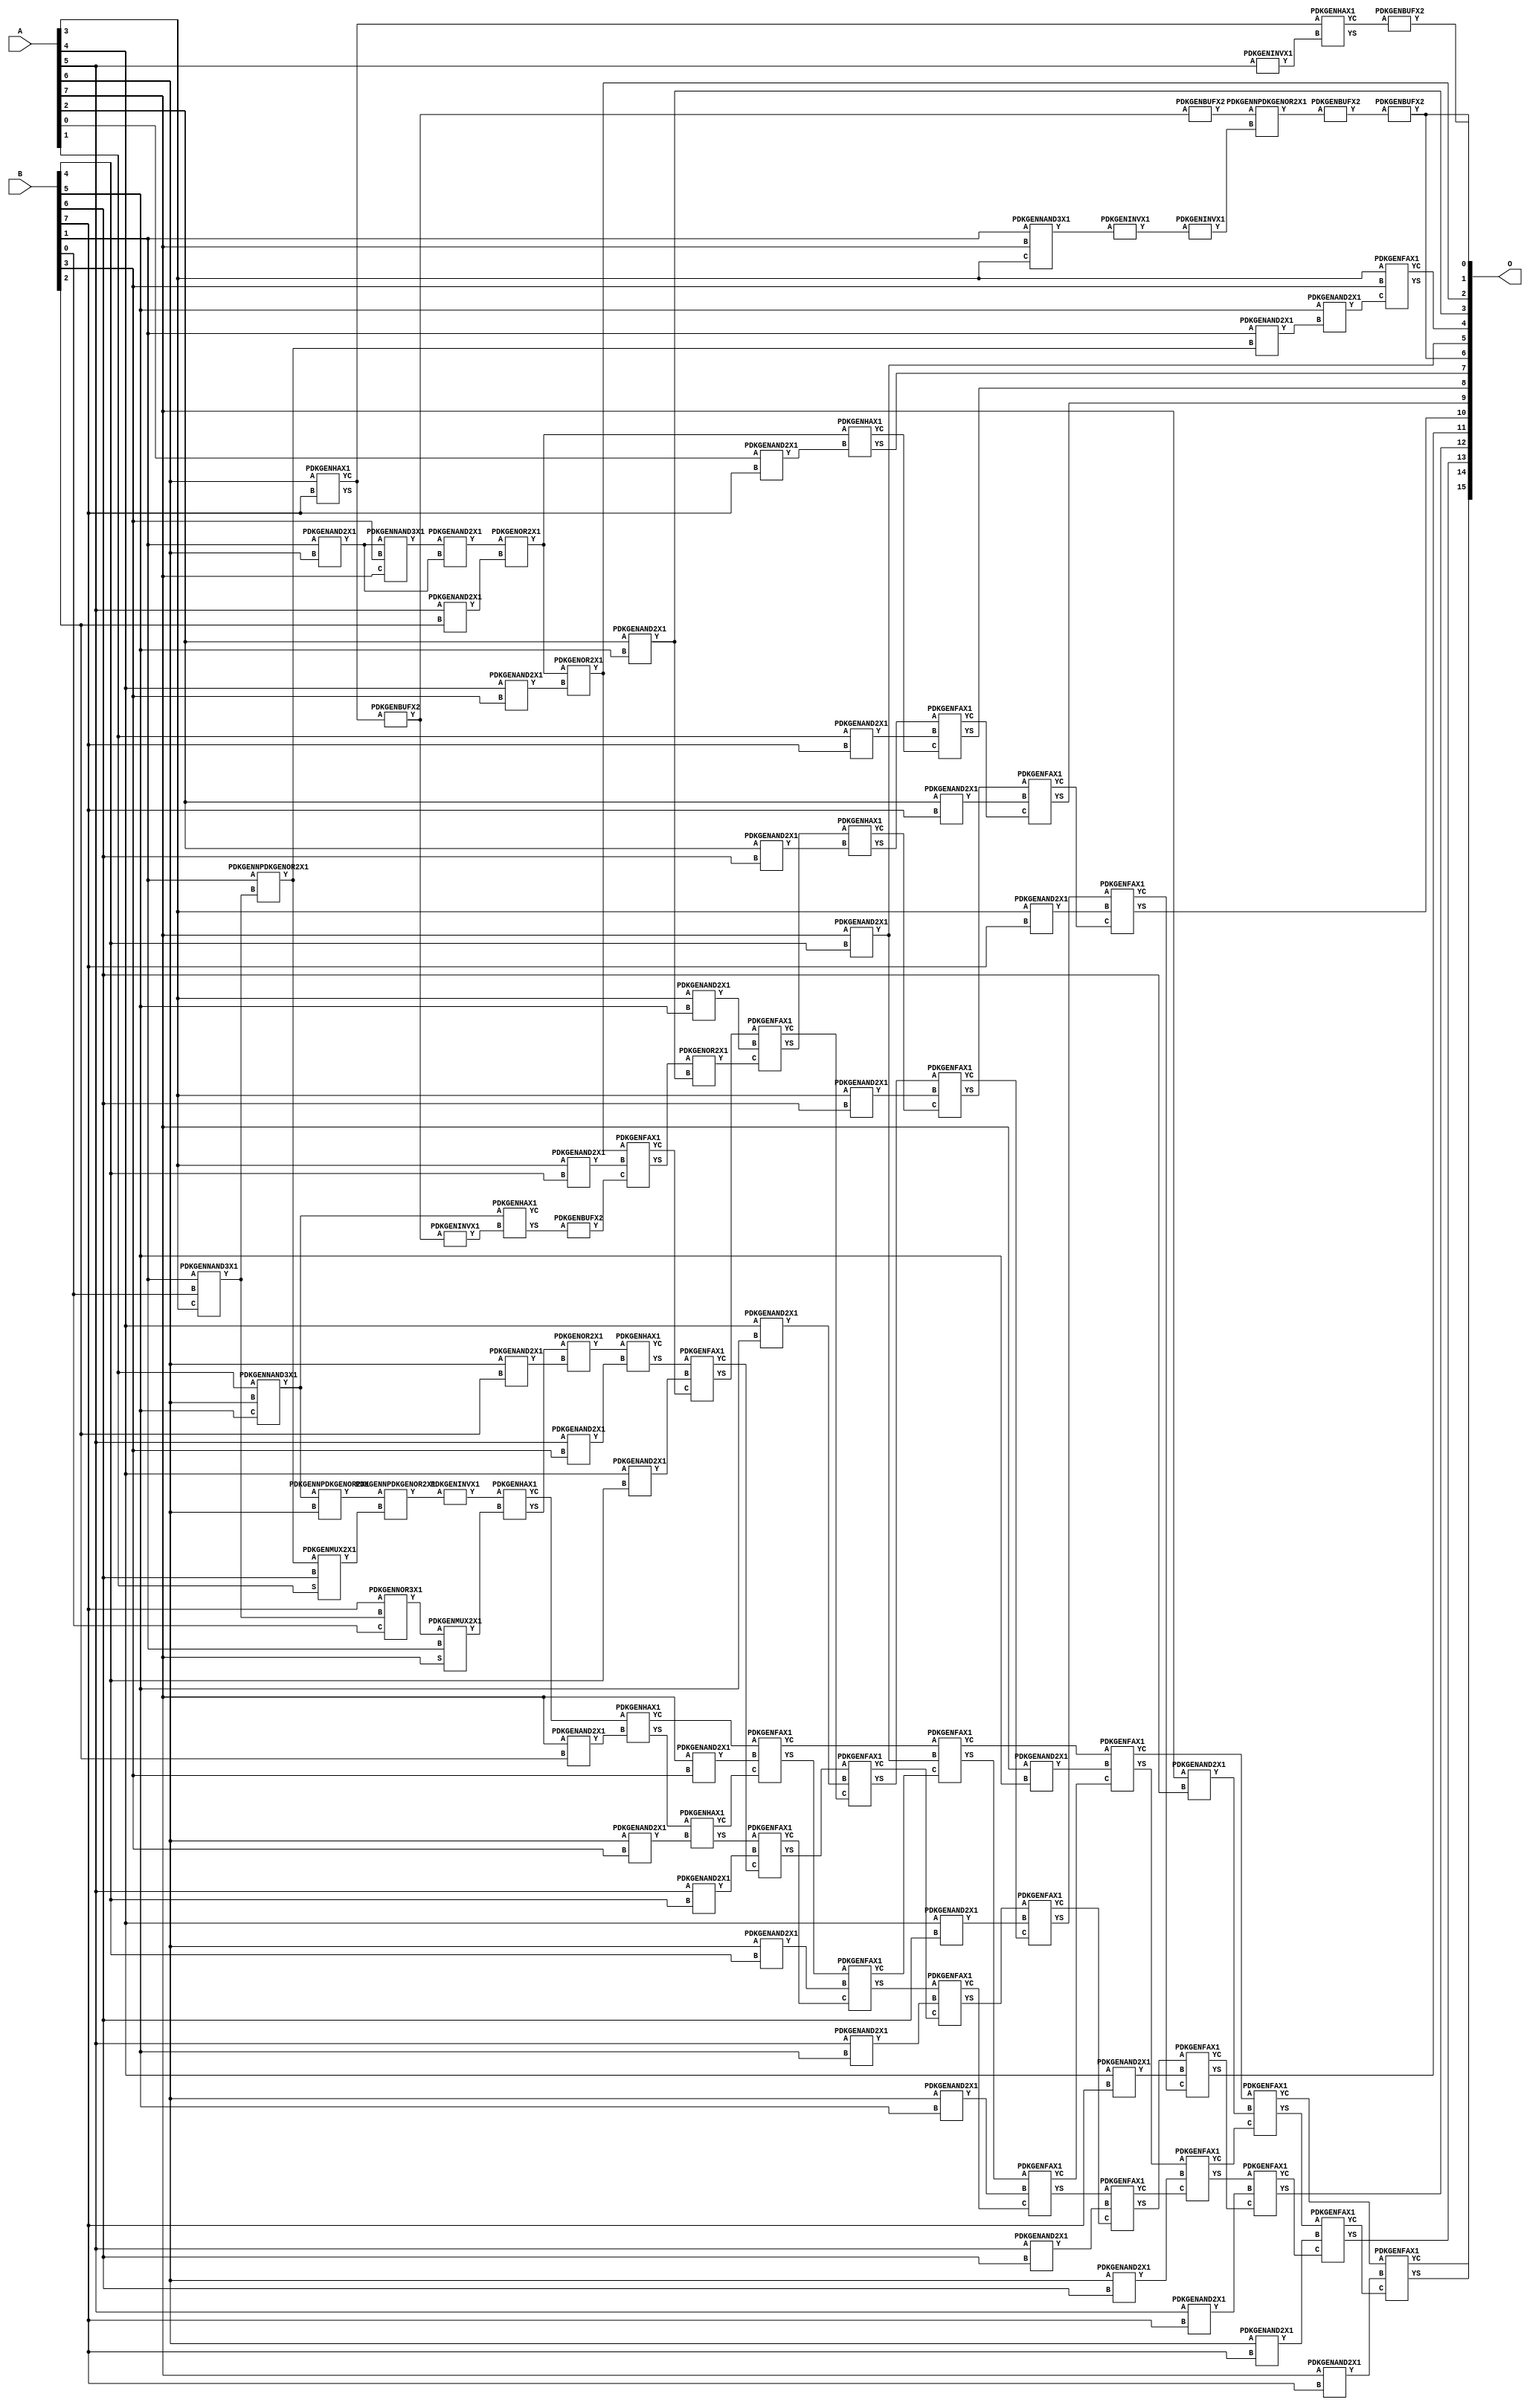
// Library = EvoApprox8b
// Circuit = mul8_388
// Area   (180) = 5504
// Delay  (180) = 3.640
// Power  (180) = 2579.60
// Area   (45) = 400
// Delay  (45) = 1.340
// Power  (45) = 223.40
// Nodes = 95
// HD = 306684
// MAE = 211.44037
// MSE = 97566.10938
// MRE = 5.00 %
// WCE = 1589
// WCRE = 203 %
// EP = 98.3 %

module mul8_388(A, B, O);
  input [7:0] A;
  input [7:0] B;
  output [15:0] O;
  wire [2031:0] N;

  assign N[0] = A[0];
  assign N[1] = A[0];
  assign N[2] = A[1];
  assign N[3] = A[1];
  assign N[4] = A[2];
  assign N[5] = A[2];
  assign N[6] = A[3];
  assign N[7] = A[3];
  assign N[8] = A[4];
  assign N[9] = A[4];
  assign N[10] = A[5];
  assign N[11] = A[5];
  assign N[12] = A[6];
  assign N[13] = A[6];
  assign N[14] = A[7];
  assign N[15] = A[7];
  assign N[16] = B[0];
  assign N[17] = B[0];
  assign N[18] = B[1];
  assign N[19] = B[1];
  assign N[20] = B[2];
  assign N[21] = B[2];
  assign N[22] = B[3];
  assign N[23] = B[3];
  assign N[24] = B[4];
  assign N[25] = B[4];
  assign N[26] = B[5];
  assign N[27] = B[5];
  assign N[28] = B[6];
  assign N[29] = B[6];
  assign N[30] = B[7];
  assign N[31] = B[7];

  PDKGENAND2X1 n32(.A(N[18]), .B(N[12]), .Y(N[32]));
  assign N[33] = N[32];
  PDKGENNAND3X1 n34(.A(N[18]), .B(N[16]), .C(N[6]), .Y(N[34]));
  PDKGENNPDKGENOR2X1 n36(.A(N[18]), .B(N[34]), .Y(N[36]));
  assign N[37] = N[36];
  PDKGENNOR3X1 n38(.A(N[30]), .B(N[34]), .C(N[16]), .Y(N[38]));
  assign N[39] = N[38];
  PDKGENHAX1 n40(.A(N[12]), .B(N[30]), .YS(N[40]), .YC(N[41]));
  PDKGENBUFX2 n42(.A(N[41]), .Y(N[42]));
  assign N[43] = N[42];
  PDKGENNAND3X1 n44(.A(N[33]), .B(N[22]), .C(N[14]), .Y(N[44]));
  assign N[45] = N[44];
  PDKGENNAND3X1 n48(.A(N[18]), .B(N[14]), .C(N[6]), .Y(N[48]));
  assign N[49] = N[48];
  PDKGENMUX2X1 n50(.A(N[37]), .B(N[28]), .S(N[2]), .Y(N[50]));
  PDKGENNAND3X1 n62(.A(N[2]), .B(N[12]), .C(N[26]), .Y(N[62]));
  assign N[63] = N[62];
  PDKGENNPDKGENOR2X1 n64(.A(N[62]), .B(N[12]), .Y(N[64]));
  assign N[65] = N[64];
  PDKGENINVX1 n78(.A(N[43]), .Y(N[78]));
  PDKGENAND2X1 n82(.A(N[18]), .B(N[37]), .Y(N[82]));
  PDKGENAND2X1 n102(.A(N[26]), .B(N[82]), .Y(N[102]));
  assign N[103] = N[102];
  PDKGENINVX1 n110(.A(N[49]), .Y(N[110]));
  PDKGENNPDKGENOR2X1 n118(.A(N[65]), .B(N[50]), .Y(N[118]));
  assign N[119] = N[118];
  PDKGENINVX1 n122(.A(N[119]), .Y(N[122]));
  assign N[123] = N[122];
  PDKGENBUFX2 n126(.A(N[43]), .Y(N[126]));
  assign N[127] = N[126];
  PDKGENINVX1 n160(.A(N[110]), .Y(N[160]));
  PDKGENNPDKGENOR2X1 n174(.A(N[127]), .B(N[160]), .Y(N[174]));
  assign N[175] = N[174];
  PDKGENINVX1 n206(.A(N[10]), .Y(N[206]));
  PDKGENMUX2X1 n282(.A(N[39]), .B(N[18]), .S(N[14]), .Y(N[282]));
  PDKGENHAX1 n360(.A(N[41]), .B(N[206]), .YS(N[360]), .YC(N[361]));
  PDKGENAND2X1 n398(.A(N[45]), .B(N[32]), .Y(N[398]));
  PDKGENHAX1 n414(.A(N[123]), .B(N[282]), .YS(N[414]), .YC(N[415]));
  PDKGENAND2X1 n514(.A(N[10]), .B(N[20]), .Y(N[514]));
  PDKGENAND2X1 n532(.A(N[12]), .B(N[20]), .Y(N[532]));
  PDKGENAND2X1 n548(.A(N[14]), .B(N[20]), .Y(N[548]));
  PDKGENOR2X1 n648(.A(N[398]), .B(N[514]), .Y(N[648]));
  assign N[649] = N[648];
  PDKGENOR2X1 n664(.A(N[414]), .B(N[532]), .Y(N[664]));
  PDKGENHAX1 n682(.A(N[415]), .B(N[548]), .YS(N[682]), .YC(N[683]));
  PDKGENFAX1 n748(.A(N[6]), .B(N[22]), .C(N[103]), .YS(N[748]), .YC(N[749]));
  PDKGENAND2X1 n764(.A(N[8]), .B(N[22]), .Y(N[764]));
  PDKGENAND2X1 n782(.A(N[10]), .B(N[22]), .Y(N[782]));
  PDKGENAND2X1 n798(.A(N[12]), .B(N[22]), .Y(N[798]));
  PDKGENAND2X1 n814(.A(N[14]), .B(N[22]), .Y(N[814]));
  PDKGENHAX1 n882(.A(N[63]), .B(N[78]), .YS(N[882]), .YC(N[883]));
  PDKGENOR2X1 n898(.A(N[648]), .B(N[764]), .Y(N[898]));
  assign N[899] = N[898];
  PDKGENHAX1 n914(.A(N[664]), .B(N[782]), .YS(N[914]), .YC(N[915]));
  PDKGENHAX1 n932(.A(N[682]), .B(N[798]), .YS(N[932]), .YC(N[933]));
  PDKGENFAX1 n948(.A(N[683]), .B(N[814]), .C(N[933]), .YS(N[948]), .YC(N[949]));
  PDKGENBUFX2 n986(.A(N[175]), .Y(N[986]));
  assign N[987] = N[986];
  PDKGENAND2X1 n1014(.A(N[6]), .B(N[24]), .Y(N[1014]));
  PDKGENAND2X1 n1032(.A(N[8]), .B(N[24]), .Y(N[1032]));
  PDKGENAND2X1 n1048(.A(N[10]), .B(N[24]), .Y(N[1048]));
  PDKGENAND2X1 n1064(.A(N[12]), .B(N[24]), .Y(N[1064]));
  PDKGENAND2X1 n1082(.A(N[14]), .B(N[24]), .Y(N[1082]));
  PDKGENBUFX2 n1132(.A(N[882]), .Y(N[1132]));
  assign N[1133] = N[1132];
  PDKGENFAX1 n1148(.A(N[898]), .B(N[1014]), .C(N[1133]), .YS(N[1148]), .YC(N[1149]));
  PDKGENFAX1 n1164(.A(N[914]), .B(N[1032]), .C(N[1149]), .YS(N[1164]), .YC(N[1165]));
  PDKGENFAX1 n1182(.A(N[932]), .B(N[1048]), .C(N[1165]), .YS(N[1182]), .YC(N[1183]));
  PDKGENFAX1 n1198(.A(N[948]), .B(N[1064]), .C(N[1183]), .YS(N[1198]), .YC(N[1199]));
  PDKGENFAX1 n1214(.A(N[949]), .B(N[1082]), .C(N[1199]), .YS(N[1214]), .YC(N[1215]));
  PDKGENAND2X1 n1264(.A(N[4]), .B(N[26]), .Y(N[1264]));
  PDKGENAND2X1 n1282(.A(N[6]), .B(N[26]), .Y(N[1282]));
  PDKGENAND2X1 n1298(.A(N[8]), .B(N[26]), .Y(N[1298]));
  PDKGENAND2X1 n1314(.A(N[10]), .B(N[26]), .Y(N[1314]));
  PDKGENBUFX2 n1320(.A(N[361]), .Y(N[1320]));
  assign N[1321] = N[1320];
  PDKGENAND2X1 n1332(.A(N[12]), .B(N[26]), .Y(N[1332]));
  PDKGENAND2X1 n1348(.A(N[14]), .B(N[26]), .Y(N[1348]));
  PDKGENOR2X1 n1398(.A(N[1148]), .B(N[1264]), .Y(N[1398]));
  assign N[1399] = N[1398];
  PDKGENFAX1 n1414(.A(N[1164]), .B(N[1282]), .C(N[1399]), .YS(N[1414]), .YC(N[1415]));
  PDKGENFAX1 n1432(.A(N[1182]), .B(N[1298]), .C(N[1415]), .YS(N[1432]), .YC(N[1433]));
  PDKGENFAX1 n1448(.A(N[1198]), .B(N[1314]), .C(N[1433]), .YS(N[1448]), .YC(N[1449]));
  PDKGENFAX1 n1464(.A(N[1214]), .B(N[1332]), .C(N[1449]), .YS(N[1464]), .YC(N[1465]));
  PDKGENFAX1 n1482(.A(N[1215]), .B(N[1348]), .C(N[1465]), .YS(N[1482]), .YC(N[1483]));
  PDKGENAND2X1 n1532(.A(N[4]), .B(N[28]), .Y(N[1532]));
  PDKGENAND2X1 n1548(.A(N[6]), .B(N[28]), .Y(N[1548]));
  PDKGENAND2X1 n1564(.A(N[8]), .B(N[28]), .Y(N[1564]));
  PDKGENAND2X1 n1582(.A(N[10]), .B(N[28]), .Y(N[1582]));
  PDKGENAND2X1 n1598(.A(N[12]), .B(N[28]), .Y(N[1598]));
  PDKGENAND2X1 n1614(.A(N[14]), .B(N[28]), .Y(N[1614]));
  PDKGENBUFX2 n1638(.A(N[987]), .Y(N[1638]));
  assign N[1639] = N[1638];
  PDKGENHAX1 n1664(.A(N[1414]), .B(N[1532]), .YS(N[1664]), .YC(N[1665]));
  PDKGENFAX1 n1682(.A(N[1432]), .B(N[1548]), .C(N[1665]), .YS(N[1682]), .YC(N[1683]));
  PDKGENFAX1 n1698(.A(N[1448]), .B(N[1564]), .C(N[1683]), .YS(N[1698]), .YC(N[1699]));
  PDKGENFAX1 n1714(.A(N[1464]), .B(N[1582]), .C(N[1699]), .YS(N[1714]), .YC(N[1715]));
  PDKGENFAX1 n1732(.A(N[1482]), .B(N[1598]), .C(N[1715]), .YS(N[1732]), .YC(N[1733]));
  PDKGENFAX1 n1748(.A(N[1483]), .B(N[1614]), .C(N[1733]), .YS(N[1748]), .YC(N[1749]));
  PDKGENAND2X1 n1764(.A(N[0]), .B(N[30]), .Y(N[1764]));
  PDKGENAND2X1 n1782(.A(N[2]), .B(N[30]), .Y(N[1782]));
  PDKGENAND2X1 n1798(.A(N[4]), .B(N[30]), .Y(N[1798]));
  PDKGENAND2X1 n1814(.A(N[6]), .B(N[30]), .Y(N[1814]));
  PDKGENAND2X1 n1832(.A(N[8]), .B(N[30]), .Y(N[1832]));
  PDKGENAND2X1 n1848(.A(N[10]), .B(N[30]), .Y(N[1848]));
  PDKGENAND2X1 n1864(.A(N[12]), .B(N[30]), .Y(N[1864]));
  PDKGENAND2X1 n1882(.A(N[14]), .B(N[30]), .Y(N[1882]));
  PDKGENHAX1 n1898(.A(N[649]), .B(N[1764]), .YS(N[1898]), .YC(N[1899]));
  PDKGENFAX1 n1914(.A(N[1664]), .B(N[1782]), .C(N[1899]), .YS(N[1914]), .YC(N[1915]));
  PDKGENFAX1 n1932(.A(N[1682]), .B(N[1798]), .C(N[1915]), .YS(N[1932]), .YC(N[1933]));
  PDKGENFAX1 n1948(.A(N[1698]), .B(N[1814]), .C(N[1933]), .YS(N[1948]), .YC(N[1949]));
  PDKGENFAX1 n1964(.A(N[1714]), .B(N[1832]), .C(N[1949]), .YS(N[1964]), .YC(N[1965]));
  PDKGENFAX1 n1982(.A(N[1732]), .B(N[1848]), .C(N[1965]), .YS(N[1982]), .YC(N[1983]));
  PDKGENFAX1 n1998(.A(N[1748]), .B(N[1864]), .C(N[1983]), .YS(N[1998]), .YC(N[1999]));
  PDKGENFAX1 n2014(.A(N[1749]), .B(N[1882]), .C(N[1999]), .YS(N[2014]), .YC(N[2015]));

  assign O[0] = N[1321];
  assign O[1] = N[1638];
  assign O[2] = N[899];
  assign O[3] = N[1264];
  assign O[4] = N[749];
  assign O[5] = N[1082];
  assign O[6] = N[1639];
  assign O[7] = N[1898];
  assign O[8] = N[1914];
  assign O[9] = N[1932];
  assign O[10] = N[1948];
  assign O[11] = N[1964];
  assign O[12] = N[1982];
  assign O[13] = N[1998];
  assign O[14] = N[2014];
  assign O[15] = N[2015];

endmodule
/* mod */
module PDKGENFAX1( input A, input B, input C, output YS, output YC );
    assign YS = (A ^ B) ^ C;
    assign YC = (A & B) | (B & C) | (A & C);
endmodule
/* mod */
module PDKGENMUX2X1( input A, input B, input S, output Y );
    assign Y = (A & ~S) | (B & S);
endmodule
/* mod */
module PDKGENHAX1( input A, input B, output YS, output YC );
    assign YS = A ^ B;
    assign YC = A & B;
endmodule
/* mod */
module PDKGENNOR3X1(input A, input B, input C, output Y );
     assign Y = ~((A | B) | C);
endmodule
/* mod */
module PDKGENAND2X1(input A, input B, output Y );
     assign Y = A & B;
endmodule
/* mod */
module PDKGENINVX1(input A, output Y );
     assign Y = ~A;
endmodule
/* mod */
module PDKGENNPDKGENOR2X1(input A, input B, output Y );
     assign Y = ~(A | B);
endmodule
/* mod */
module PDKGENNAND3X1(input A, input B, input C, output Y );
     assign Y = ~((A & B) & C);
endmodule
/* mod */
module PDKGENBUFX2(input A, output Y );
     assign Y = A;
endmodule
/* mod */
module PDKGENOR2X1(input A, input B, output Y );
     assign Y = A | B;
endmodule